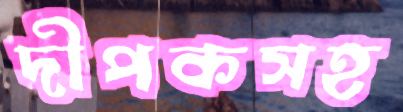
দীপকসহ